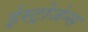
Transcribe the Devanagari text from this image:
ईस्ट्रोजेन्स